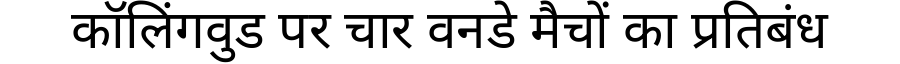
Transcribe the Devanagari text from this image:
कॉलिंगवुड पर चार वनडे मैचों का प्रतिबंध